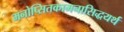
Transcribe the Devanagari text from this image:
मनोप्सितकामनासिद्धयर्थं